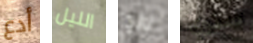
أدع الليل نالوا سنوي